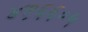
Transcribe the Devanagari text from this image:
४१६६०५